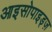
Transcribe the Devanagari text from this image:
आइसोपाइड्ज़